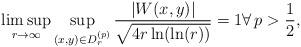
LaTeX: \begin{align*} \limsup_{r\to\infty} \sup_{(x,y)\in D_r^{(p)}} \frac{\vert W(x,y)\vert} {\sqrt{4r\ln(\ln(r))}} = 1 \forall\,p>\frac{1}{2}, \end{align*}